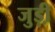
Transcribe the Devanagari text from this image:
जुड़ी़